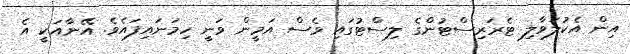
އިން އެކުލަވާލި ޓެރަރިސްޓުންގެ ލިސްޓުގައި ވެސް އަމީން ވަނީ ހިމަނައިފައެވެ. އޭނާއަކީ އެ